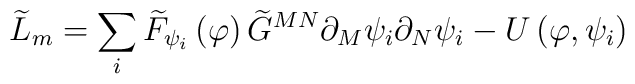
\widetilde{L}_m=\sum_i\widetilde{F}_{\psi _i}\left( \varphi \right) \widetilde{G}^{MN}\partial _M\psi _i\partial _N\psi _i-U\left( \varphi ,\psi_i\right)